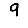
Digit: 9